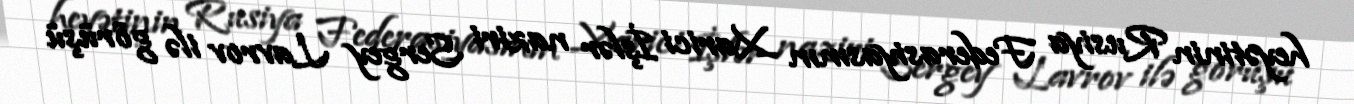
heyətinin Rusiya Federasiyasının Xarici İşlər naziri Sergey Lavrov ilə görüşü